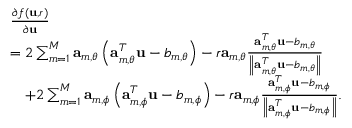
\begin{array} { r l } & { \frac { \partial f \left( \mathbf { u } , r \right) } { \partial \mathbf { u } } } \\ & { = 2 \sum _ { m = 1 } ^ { M } \mathbf { a } _ { m , \theta } \left( \mathbf { a } _ { m , \theta } ^ { T } \mathbf { \mathbf { u } } - b _ { m , \theta } \right) - r \mathbf { a } _ { m , \theta } \frac { \mathbf { a } _ { m , \theta } ^ { T } \mathbf { \mathbf { u } } - b _ { m , \theta } } { \left\| \mathbf { a } _ { m , \theta } ^ { T } \mathbf { \mathbf { u } } - b _ { m , \theta } \right\| } } \\ & { ~ ~ ~ + 2 \sum _ { m = 1 } ^ { M } \mathbf { a } _ { m , \phi } \left( \mathbf { a } _ { m , \phi } ^ { T } \mathbf { \mathbf { u } } - b _ { m , \phi } \right) - r \mathbf { a } _ { m , \phi } \frac { \mathbf { a } _ { m , \phi } ^ { T } \mathbf { \mathbf { u } } - b _ { m , \phi } } { \left\| \mathbf { a } _ { m , \phi } ^ { T } \mathbf { \mathbf { u } } - b _ { m , \phi } \right\| } . } \end{array}